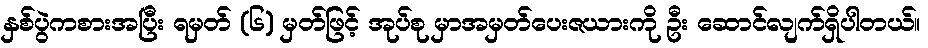
နှစ်ပွဲကစားအပြီး ရမှတ် (၆) မှတ်ဖြင့် အုပ်စု မှာအမှတ်ပေးဇယားကို ဦး ဆောင်လျက်ရှိပါတယ်။